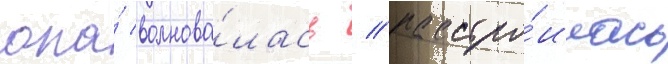
она́ волнова́лась / расстро́илась